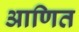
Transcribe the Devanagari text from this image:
आणित